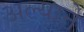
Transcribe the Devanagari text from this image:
अल्याने